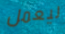
ليعمل